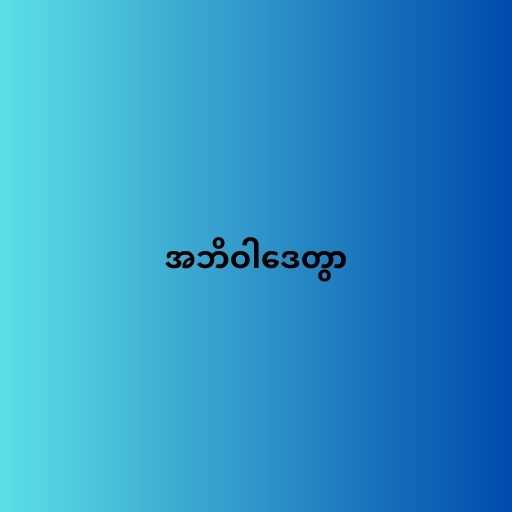
အဘိဝါဒေတွာ